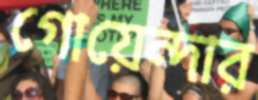
গোয়েন্দার